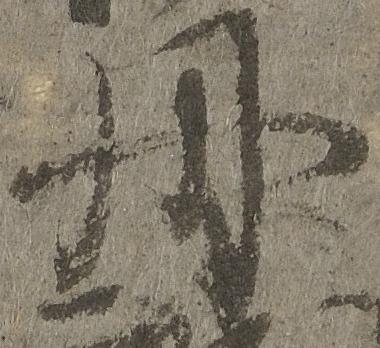
丹